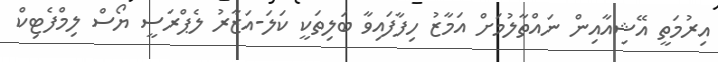
އިރުމަތީ އޭޝިއާއިން ނައްތާލުމަށް އަމާޒު ހިފާފައިވާ ބަލިތަކީ ކަލަ-އަޒާރު ލެޕްރަސީ ޔޯސް ލިމްފެޓިކް